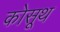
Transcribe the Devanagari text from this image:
कोसूथ